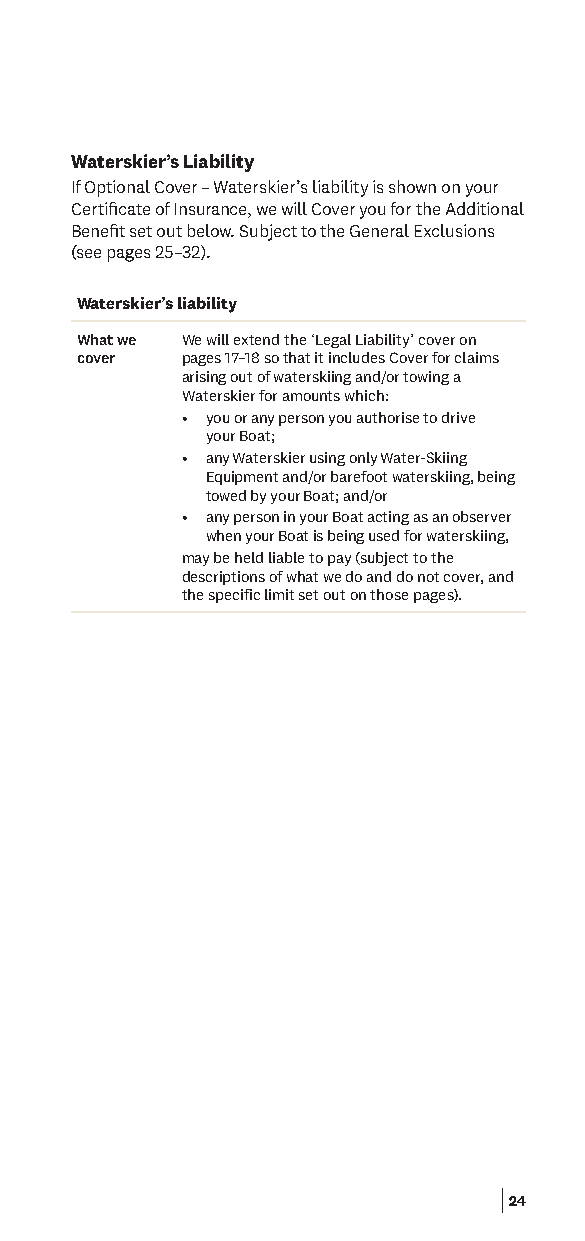
Waterskier’s Liability
 If Optional Cover – Waterskier’s liability is shown on your
 Certifcate of Insurance, we will Cover you for the Additional
 Beneft set out below. Subject to the General Exclusions
 (see pages 25–32).
 Waterskier’s liability
 What we We will extend the ‘Legal Liability’ cover on
 cover  pages 17–18 so that it includes Cover for claims
 arising out of waterskiing and/or towing a
 Waterskier for amounts which:
 • you or any person you authorise to drive
 your Boat;
 • any Waterskier using only Water-Skiing
 Equipment and/or barefoot waterskiing, being
 towed by your Boat; and/or
 • any person in your Boat acting as an observer
 when your Boat is being used for waterskiing,
 may be held liable to pay (subject to the
 descriptions of what we do and do not cover, and
 the specific limit set out on those pages).
 24